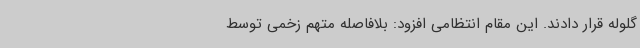
گلوله قرار دادند. این مقام انتظامی افزود: بلافاصله متهم زخمی توسط